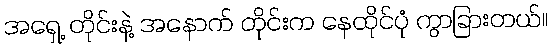
အရှေ့ တိုင်းနဲ့ အနောက် တိုင်းက နေထိုင်ပုံ ကွာခြားတယ်။